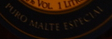
PURO MALTE ESPECIAI